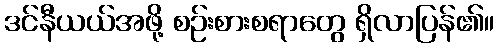
ဒင်နီယယ်အဖို့ စဉ်းစားစရာတွေ ရှိလာပြန်၏။